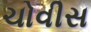
ચોવીસ